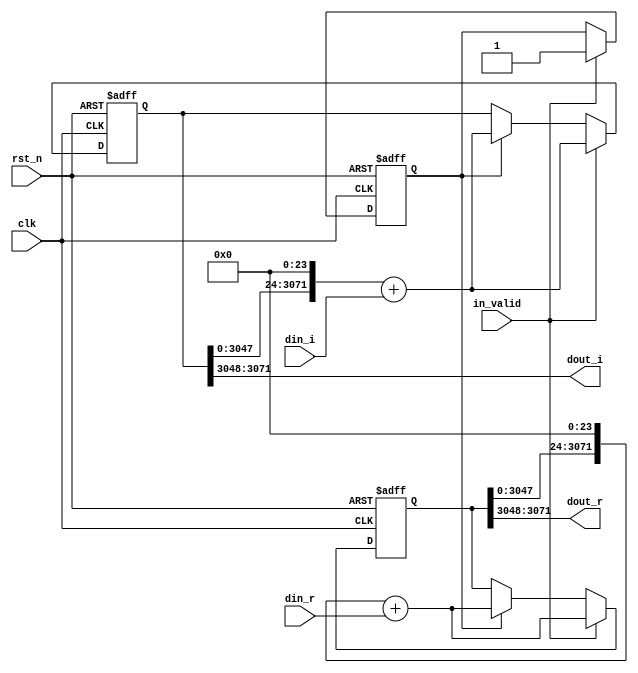
module shift_128(
	input clk,
	input rst_n,
	input in_valid,
	input signed [23:0] din_r,
	input signed [23:0] din_i,
	output signed [23:0] dout_r,
	output signed [23:0] dout_i
);
////////////////////////////////////////////
// Internal signals
reg [3071:0] shift_reg_r ;
reg [3071:0] shift_reg_i ;
reg [3071:0] tmp_reg_r ;
reg [3071:0] tmp_reg_i ;
reg [8:0] counter_128,next_counter_128;
reg valid,next_valid;
////////////////////////////////////////////
// Output logic
assign dout_r    = shift_reg_r[3071:3048];
assign dout_i    = shift_reg_i[3071:3048];
////////////////////////////////////////////
// Next state logic
always@(*)begin
    next_counter_128 = counter_128 + 8'd1;
    tmp_reg_r        = shift_reg_r;
    tmp_reg_i        = shift_reg_i;
    next_valid       = valid;
end
////////////////////////////////////////////
// State register
always@(posedge clk or negedge rst_n)begin
    if(~rst_n)begin
        shift_reg_r <= 0;
        shift_reg_i <= 0;
        counter_128 <= 0;
        valid       <= 0;
    end
    else 
    if (in_valid)begin
        counter_128      <= next_counter_128;
        shift_reg_r      <= (tmp_reg_r<<24) + din_r;
        shift_reg_i      <= (tmp_reg_i<<24) + din_i;
        valid            <= in_valid;
    end else if(valid)begin
        counter_128      <= next_counter_128;
        shift_reg_r      <= (tmp_reg_r<<24) + din_r;
        shift_reg_i      <= (tmp_reg_i<<24) + din_i;
        valid            <= next_valid;
    end
end

endmodule